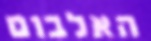
האלבום